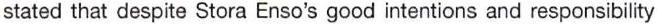
stated that despite Stora Enso's good intentions and responsibility